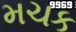
મચક